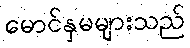
မောင်နှမများသည်